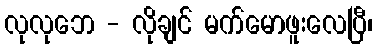
လုလုဘေ - လိုချင် မက်မောဖူးလေပြီ၊